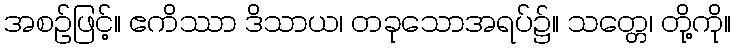
အစဉ်ဖြင့်။ ဧကိဿာ ဒိသာယ၊ တခုသောအရပ်၌။ သတ္တေ၊ တို့ကို။